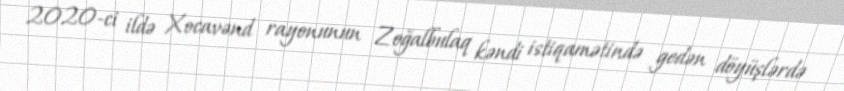
2020-ci ildə Xocavənd rayonunun Zoğalbulaq kəndi istiqamətində gedən döyüşlərdə